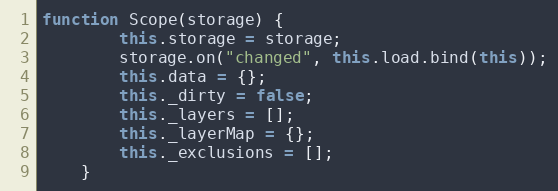
Language: JavaScript
function Scope(storage) {
        this.storage = storage;
        storage.on("changed", this.load.bind(this));
        this.data = {};
        this._dirty = false;
        this._layers = [];
        this._layerMap = {};
        this._exclusions = [];
    }